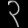
Digit: ၃